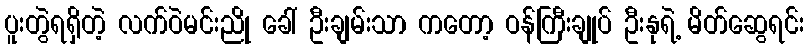
ပူးတွဲရရှိတဲ့ လက်ဝဲမင်းညို ခေါ် ဦးချမ်းသာ ကတော့ ဝန်ကြီးချုပ် ဦးနုရဲ့ မိတ်ဆွေရင်း